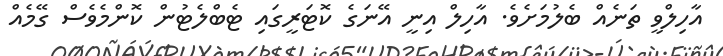
އާހިލްވީ ތަނެއް ބެލުމަށެވެ. އާހިލް އިނީ އޭނަގެ ކޮޓަރީގައި ޓެބްލެޓުން ކޮންމެވެސް ގޭމެއް